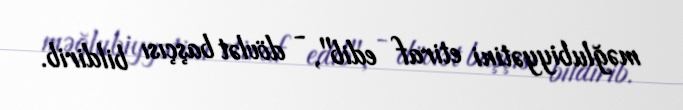
məğlubiyyətini etiraf edib", - dövlət başçısı bildirib.